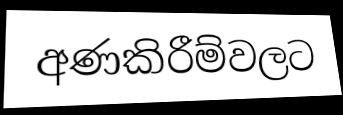
අණකිරීම්වලට